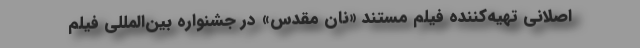
اصلانی تهیه‌کننده فیلم مستند «نان مقدس» در جشنواره بین‌المللی فیلم